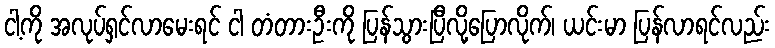
ငါ့ကို အလုပ်ရှင်လာမေးရင် ငါ တံတားဦးကို ပြန်သွားပြီလို့ပြောလိုက်၊ ယင်းမာ ပြန်လာရင်လည်း